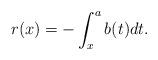
LaTeX: \begin{align*} r(x)=-\int_{x}^{a} b(t) dt.\end{align*}